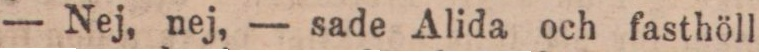
— Nej, nej, — sade Alida och fasthöll